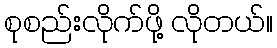
စုစည်းလိုက်ဖို့ လိုတယ်။